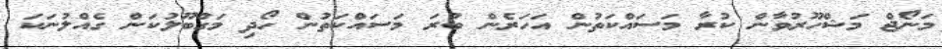
މަނޯޖް މަޝްހޫރުވާން ކުރާ މަސައްކަތުން އަހަރެން ބުރަ މަސައްކަތުން ހޯދި މަގްބޫލުކަން ގެއްލުނަކަ